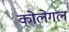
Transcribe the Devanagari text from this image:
को्लेगल